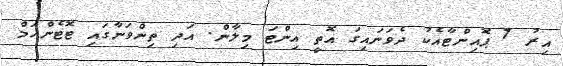
އިރު 7 ޕޮއިންޓާއެކު ދެވަނައިގަ އޮތީ އިންޓަ މިލާން. އަދި ތިންވަނާގައި ޓޮޓެންހަމް